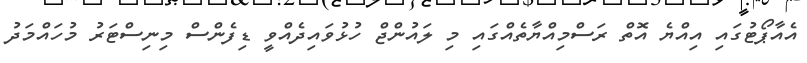
އެއާޕޯޓުގައި އިއްޔެ އޮތް ރަސްމިއްޔާތެއްގައި މި ލައުންޖް ހުޅުވައިދެއްވީ ޑިފެންސް މިނިސްޓަރު މުހައްމަދު